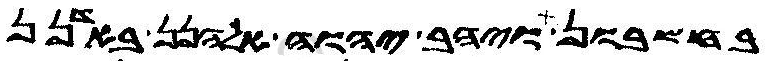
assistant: בחשבון ויהב יהוה אלהנן באדנן